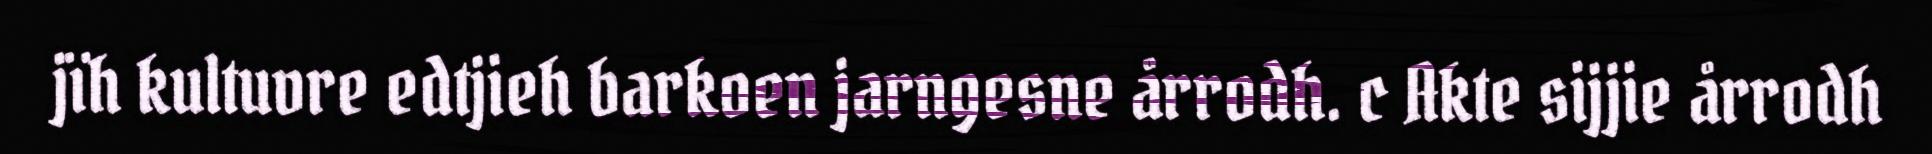
jïh kultuvre edtjieh barkoen jarngesne årrodh. c Akte sijjie årrodh